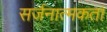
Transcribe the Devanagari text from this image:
सर्जनात्‍मकता